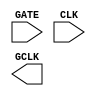
// This program was cloned from: https://github.com/AUCOHL/Lighter
// License: Apache License 2.0

 /*
 	Copyright 2022 AUC Open Source Hardware Lab
	
	Licensed under the Apache License, Version 2.0 (the "License"); 
	you may not use this file except in compliance with the License. 
	You may obtain a copy of the License at:

	http://www.apache.org/licenses/LICENSE-2.0

	Unless required by applicable law or agreed to in writing, software 
	distributed under the License is distributed on an "AS IS" BASIS, 
	WITHOUT WARRANTIES OR CONDITIONS OF ANY KIND, either express or implied. 
	See the License for the specific language governing permissions and 
	limitations under the License.
*/
 
 (* blackbox *)
module sky130_fd_sc_hd__dlclkp_1 (
  input GATE,
  input CLK,
  output GCLK);
endmodule

 (* blackbox *)
module sky130_fd_sc_hd__dlclkp_2 (
  input GATE,
  input CLK,
  output GCLK);
endmodule

 (* blackbox *)
module sky130_fd_sc_hd__dlclkp_4 (
  input GATE,
  input CLK,
  output GCLK);
endmodule